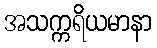
အသက္ကရိယမာနာ